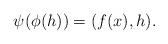
LaTeX: \begin{align*}\psi(\phi(h)) = (f(x), h).\end{align*}